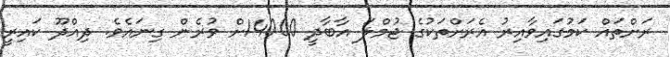
ރަށްތައް ކަމުގައިވާއިރު އެރަށްތަކުގެ ޖުމްލަ އާބާދީ 14000ށް ވުރެން ގިނައެވެ. ދިއްދޫ ކައިރީ